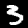
Label: 3